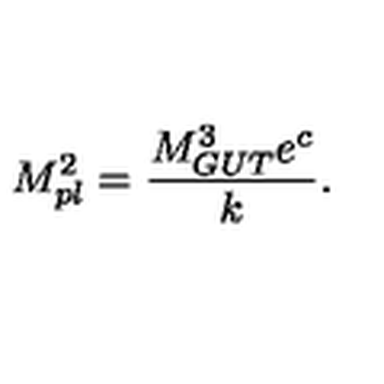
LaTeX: M _ { p l } ^ { 2 } = { \frac { M _ { G U T } ^ { 3 } e ^ { c } } { \displaystyle k } } . \,